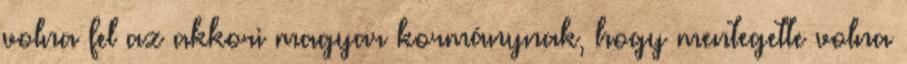
volna fel az akkori magyar kormánynak, hogy mentegette volna